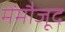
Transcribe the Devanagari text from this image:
मेंमौजूद